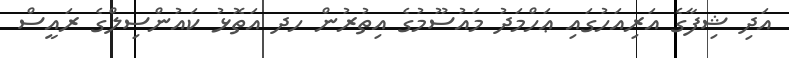
އަދި ޝިފާގެ އަރިއަހުގައި ޢަހްމަދު މައުސޫމުގެ އިތުރުން ހދ އަތޮޅު ކައުންސިލްގެ ރައީސް